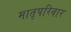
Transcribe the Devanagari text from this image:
मातृपरिवार